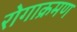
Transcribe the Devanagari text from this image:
रोगाक्रमण